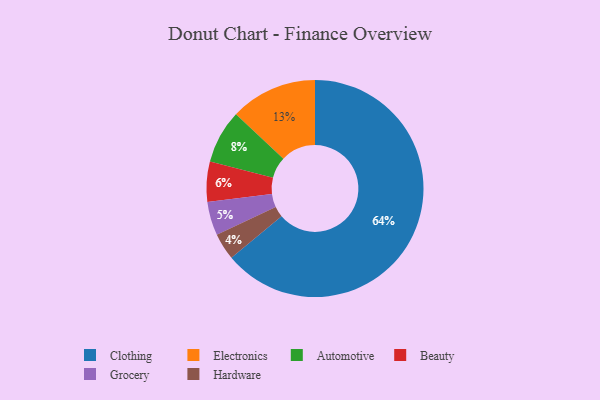
{"axis": {"x": "Category", "y": "Percentage"}, "legend": ["Automotive", "Beauty", "Clothing", "Electronics", "Grocery", "Hardware"], "data": [{"x": "Automotive", "y": 8, "type": "Automotive"}, {"x": "Hardware", "y": 4, "type": "Hardware"}, {"x": "Clothing", "y": 64, "type": "Clothing"}, {"x": "Beauty", "y": 6, "type": "Beauty"}, {"x": "Electronics", "y": 13, "type": "Electronics"}, {"x": "Grocery", "y": 5, "type": "Grocery"}]}